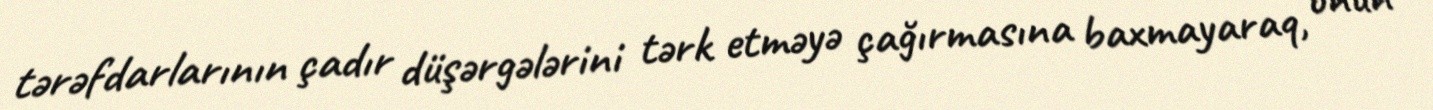
tərəfdarlarının çadır düşərgələrini tərk etməyə çağırmasına baxmayaraq, onun